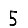
Digit: 5